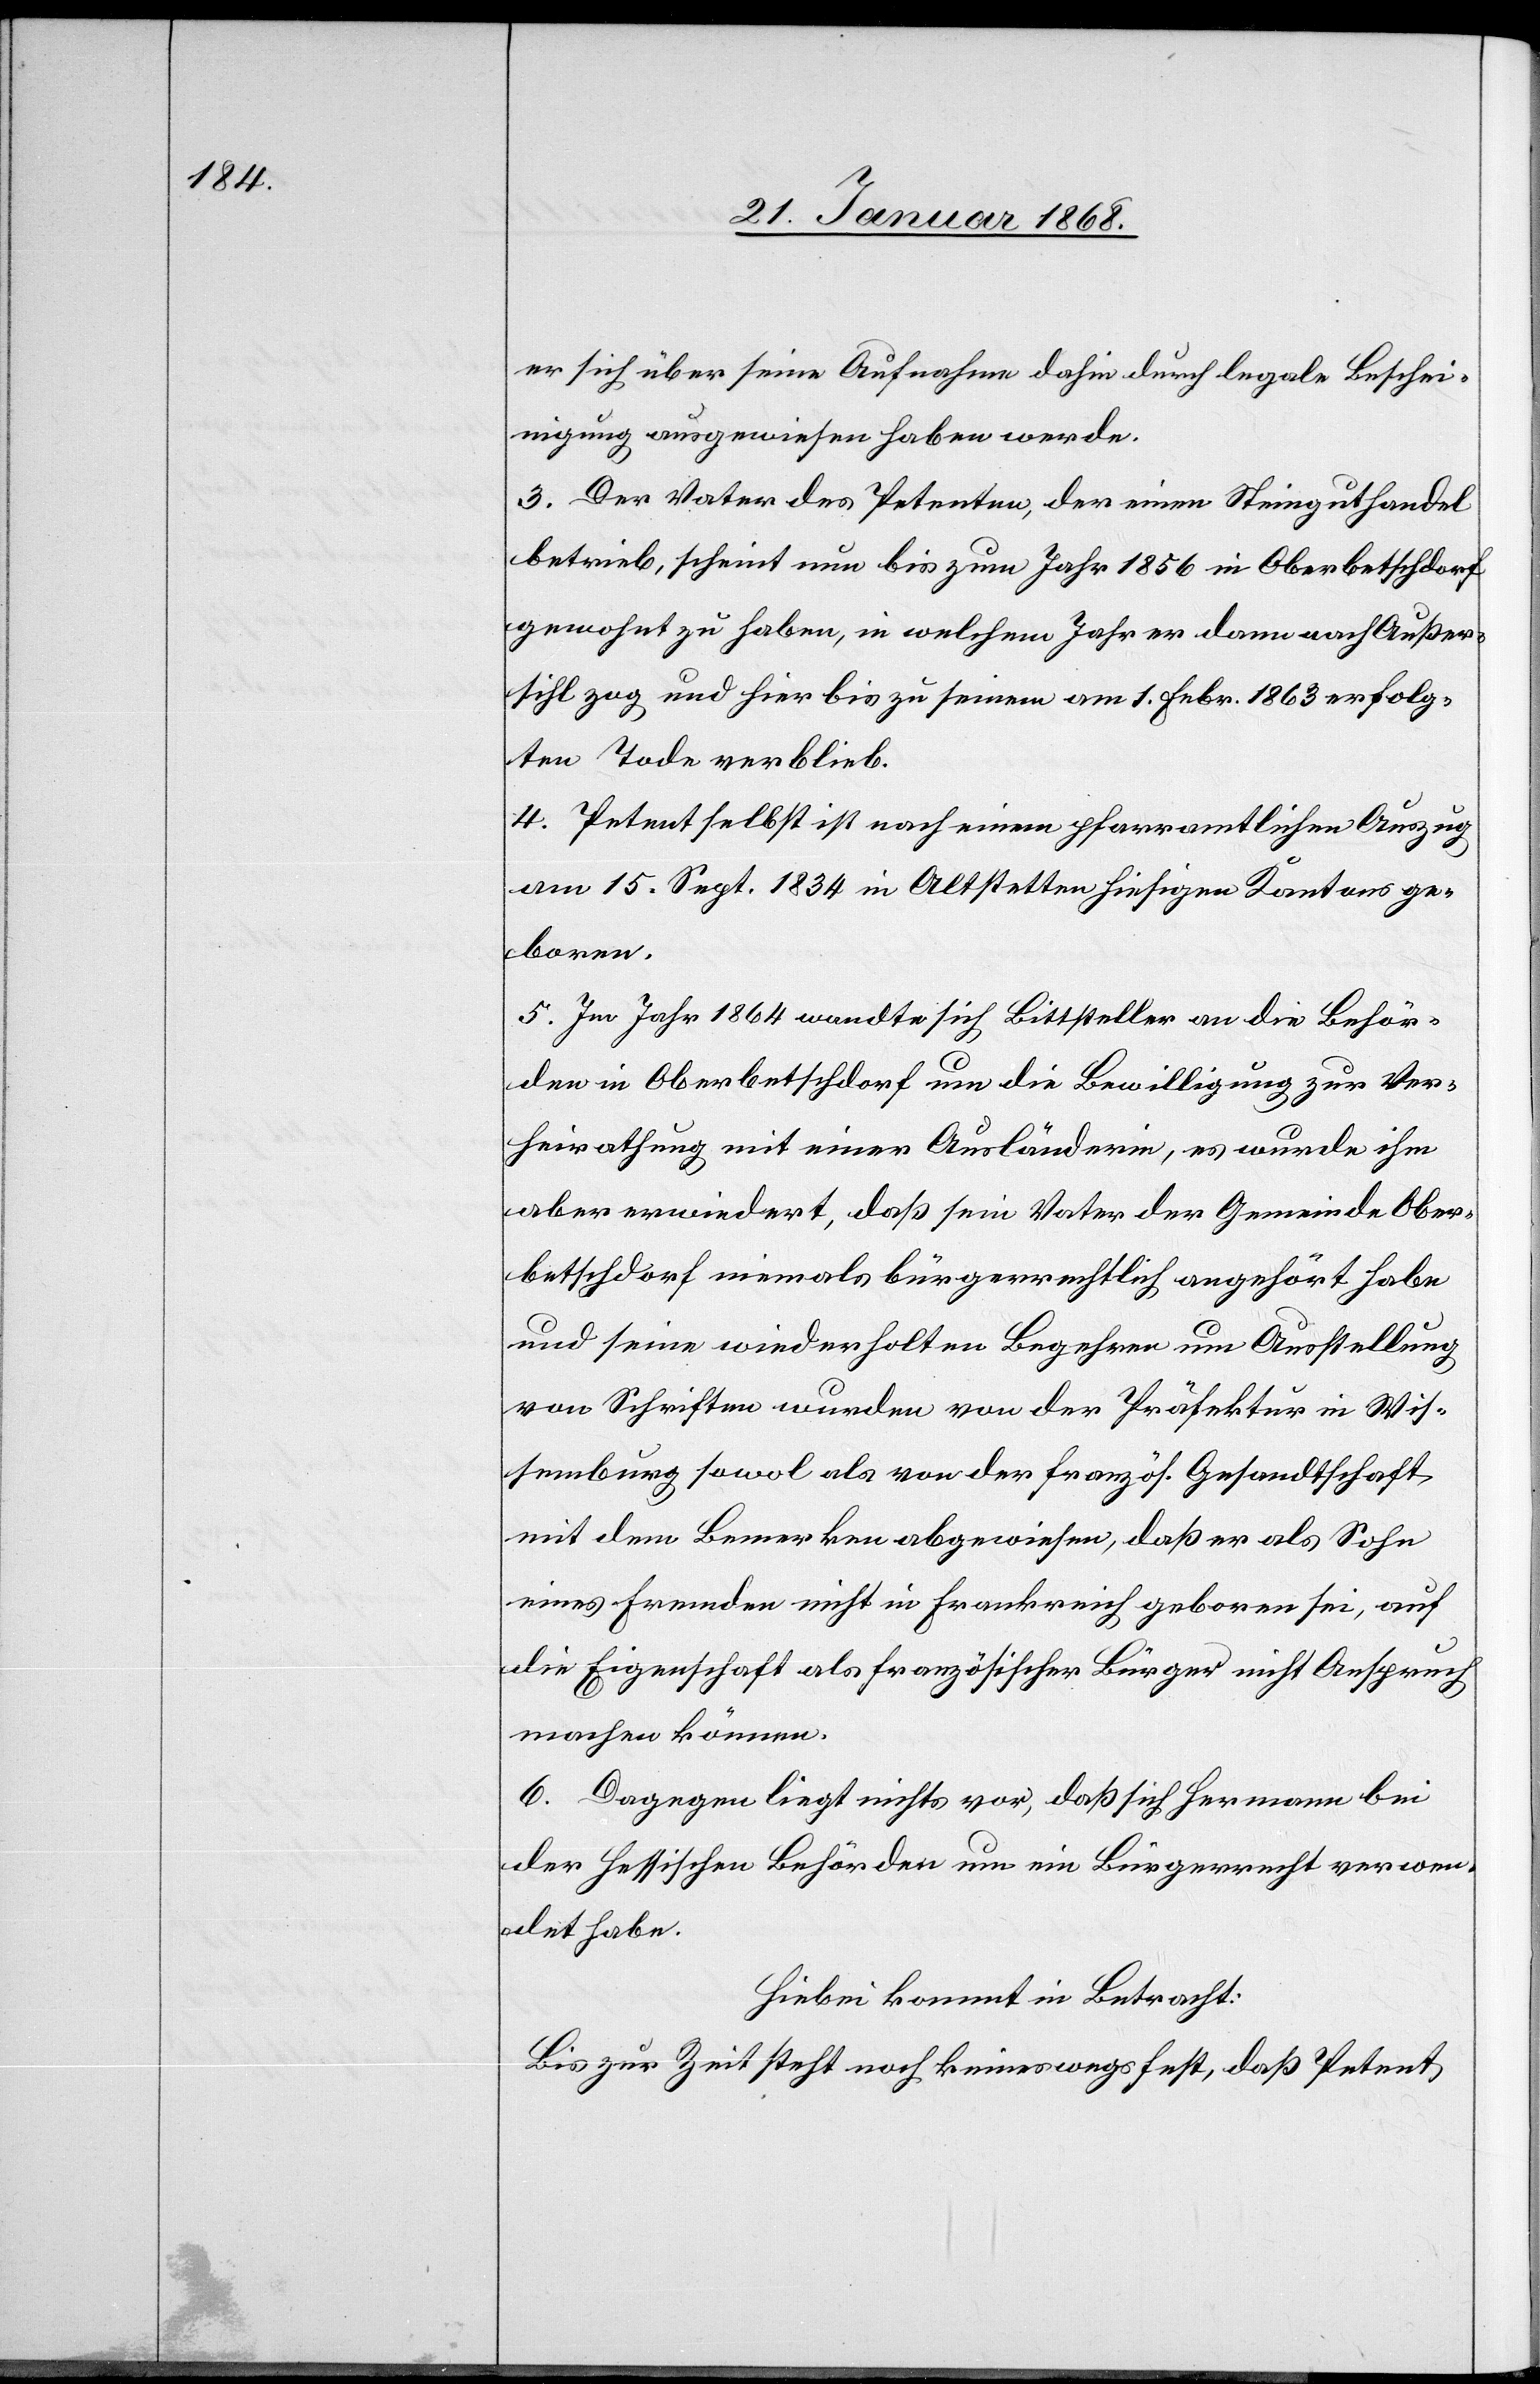
er sich über seine Aufnahme dahin durch legale Beschei¬
nigung ausgewiesen haben werde.
3. Der Vater des Petenten, der einen Steinguthandel
betrieb, scheint nun bis zum Jahr 1856 in Oberbetschdorf
gewohnt zu haben, in welchem Jahr er dann nach Außer¬
sihl zog und hier bis zu seinem am 1. Febr. 1863 erfolg¬
ten Tode verblieb.
4. Petent selbst ist nach einem pfarramtlichen Auszug
am 15. Sept. 1834 in Altstetten hiesigen Kantons ge¬
boren.
5. Im Jahr 1864 wandte sich Bittsteller an die Behör¬
den in Oberbetschdorf um die Bewilligung zur Ver¬
heirathung mit einer Ausländerin, es wurde ihm
aber erwiedert, daß sein Vater der Gemeinde Ober¬
betschdorf niemals bürgerrechtlich angehört habe
und seine wiederholten Begehren um Ausstellung
von Schriften wurden von der Präfektur in Wis¬
semburg sowol als von der französ. Gesandtschaft
mit dem Bemerken abgewiesen, daß er als Sohn
eines Fremden nicht in Frankreich geboren sei, auf
die Eigenschaft als französischer Bürger nicht Anspruch
machen können
6. Dagegen liegt nichts vor, daß sich Hermann bei
Hessischen Behörden um ein Bürgerrecht verwen¬
det habe.
Hiebei kommt in Betracht:
Bis zur Zeit steht noch keineswegs fest, daß Petent